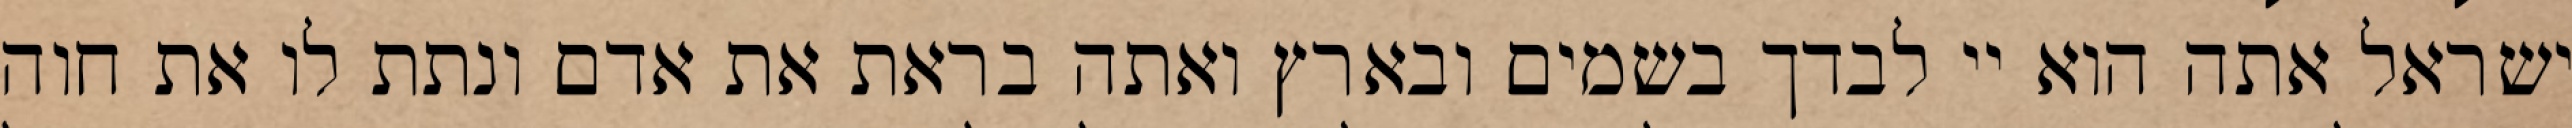
ישראל אתה הוא יי לבדך בשמים ובארץ ואתה בראת את אדם ונתת לו את חוה